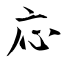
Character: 応